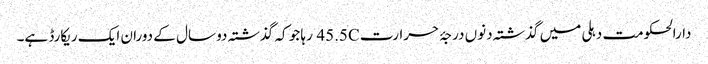
دارالحکومت دہلی میں گذشتہ دنوں درجۂ حرارت 45.5C رہا جو کہ گذشتہ دو سال کے دوران ایک ریکارڈ ہے۔